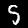
Label: 5